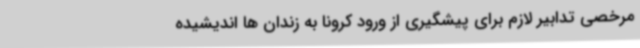
مرخصی تدابیر لازم برای پیشگیری از ورود کرونا به زندان ها اندیشیده